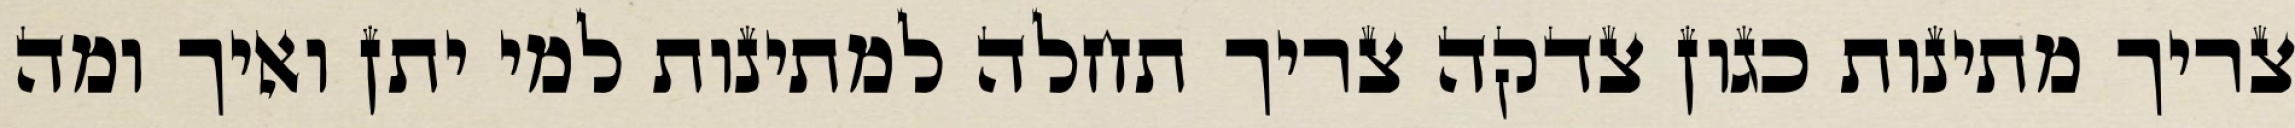
צריך מתינות כגון צדקה צריך תחלה למתינות למי יתן ואיך ומה